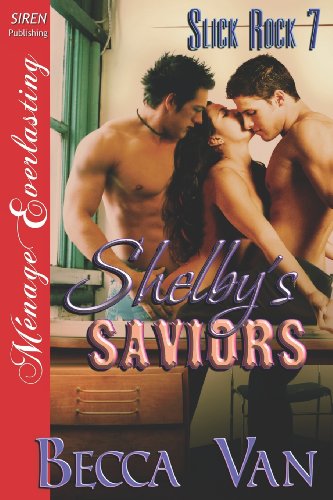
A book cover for Shelby's Saviors [Slick Rock 7] (Siren Publishing Menage Everlasting) (Slick Rock, Siren Publishing Menage Everlasting); Becca Van; Romance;